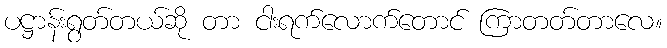
ပဋ္ဌာန်းရွတ်တယ်ဆို တာ ငါးရက်လောက်တောင် ကြာတတ်တာလေ။